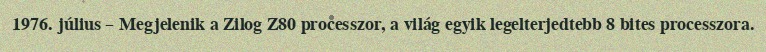
1976. július – Megjelenik a Zilog Z80 processzor, a világ egyik legelterjedtebb 8 bites processzora.